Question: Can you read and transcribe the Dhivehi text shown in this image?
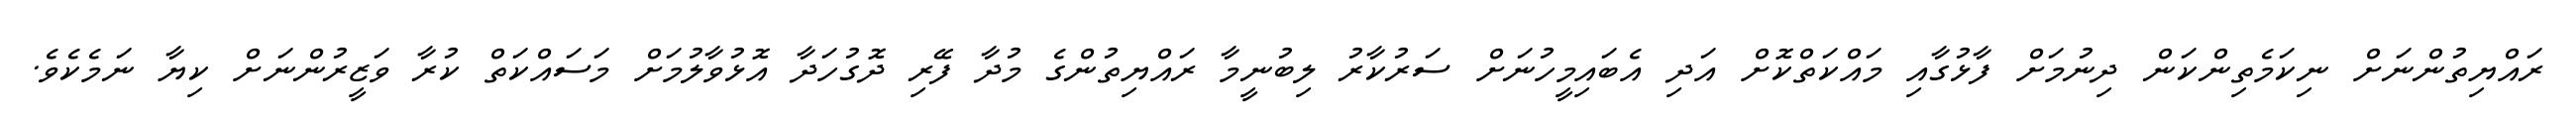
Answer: ރައްޔިތުންނަށް ނިކަމެތިންކަން ދިނުމަށް ފާޅުގާއި މައްކަތްކޮށް އަދި އެބައިމީހުނަށް ސަރުކާރު ލިބުނީމާ ރައްޔިތުންގެ މުދާ ފޭރި ދޮގުހަދާ އޮޅުވާލުމަށް މަސައްކަތް ކުރާ ވަޒީރުންނަށް ކިޔާ ނަމެކެވެ.